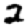
Digit: 2